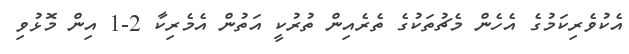
އެކުވެރިކަމުގެ އެހެން މެޗުތަކުގެ ތެރެއިން ތުރުކީ އަތުން އެމެރިކާ 2-1 އިން މޮޅުވި